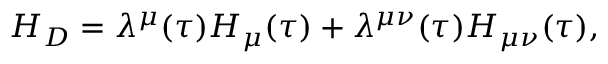
H _ { D } = \lambda ^ { \mu } ( \tau ) H _ { \mu } ( \tau ) + \lambda ^ { \mu \nu } ( \tau ) H _ { \mu \nu } ( \tau ) ,